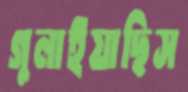
গুলাইয়াছিস